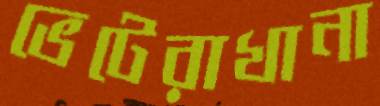
ভেটেরাখানা